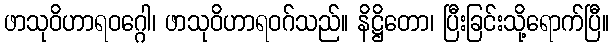
ဖာသုဝိဟာရဝဂ္ဂေါ၊ ဖာသုဝိဟာရဝဂ်သည်။ နိဋ္ဌိတော၊ ပြီးခြင်းသို့ရောက်ပြီ။